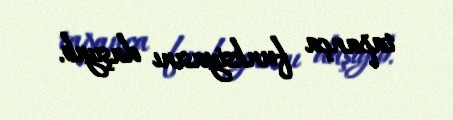
tapança funksiyasını daşıyıb.